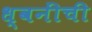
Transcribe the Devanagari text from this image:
ध्वनींची